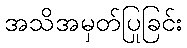
အသိအမှတ်ပြုခြင်း